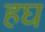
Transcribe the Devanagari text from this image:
हघ